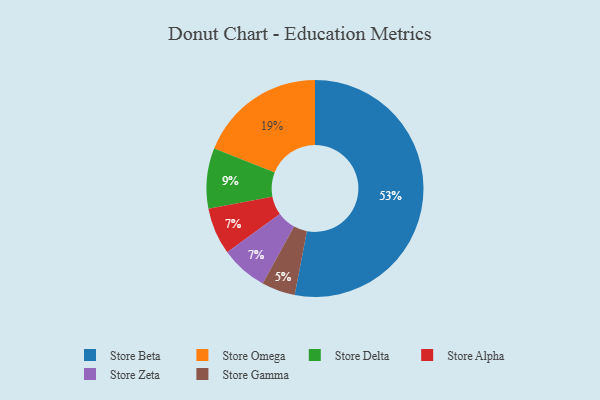
{"axis": {"x": "Category", "y": "Percentage"}, "legend": ["Store Alpha", "Store Beta", "Store Delta", "Store Gamma", "Store Omega", "Store Zeta"], "data": [{"x": "Store Omega", "y": 19, "type": "Store Omega"}, {"x": "Store Beta", "y": 53, "type": "Store Beta"}, {"x": "Store Gamma", "y": 5, "type": "Store Gamma"}, {"x": "Store Alpha", "y": 7, "type": "Store Alpha"}, {"x": "Store Zeta", "y": 7, "type": "Store Zeta"}, {"x": "Store Delta", "y": 9, "type": "Store Delta"}]}